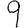
Digit: 9